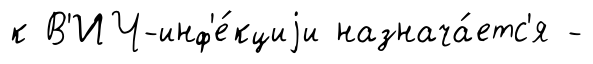
к В'ИЧ-инф'е́кциjи назнача́етс'я -